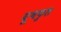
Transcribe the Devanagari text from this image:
यूथफुल